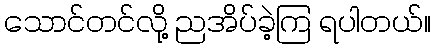
သောင်တင်လို့ ညအိပ်ခဲ့ကြ ရပါတယ်။